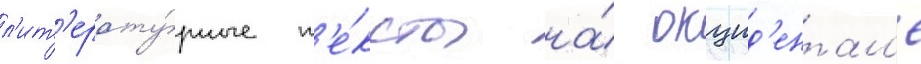
л'ит'ерату́рные т'е́ксты на́ окцид'ентал'е